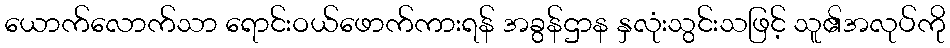
ယောက်လောက်သာ ရောင်းဝယ်ဖောက်ကားရန် အခွန်ဌာန နှလုံးသွင်းသဖြင့် သူ၏အလုပ်ကို